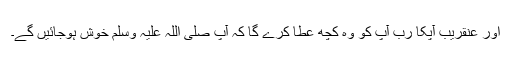
اور عنقریب آپکا ربّ آپ کو وہ کچھ عطا کرے گا کہ آپ صلی اللہ علیہ وسلم خوش ہوجائیں گے۔